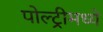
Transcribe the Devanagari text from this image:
पोल्ट्रीमध्ये